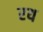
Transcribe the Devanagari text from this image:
रय